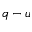
q - u